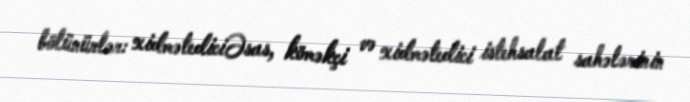
bölünürlər: xidmətediciƏsas, köməkçi və xidmətedici istehsalat sahələrinin